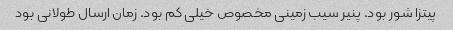
پیتزا شور بود. پنیر سیب زمینى مخصوص خیلى کم بود. زمان ارسال طولانى بود